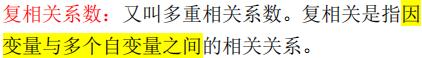
复相关系数：又叫多重相关系数。复相关是指因变量与多个自变量之间的相关关系。